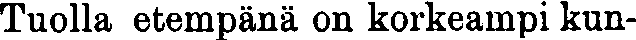
Tuolla etempänä on korkeampi kun-